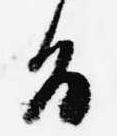
旨